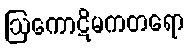
ဩကောဋိမကတရော